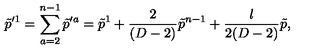
\tilde { p } ^ { \prime 1 } = \sum _ { a = 2 } ^ { n - 1 } \tilde { p } ^ { \prime a } = \tilde { p } ^ { 1 } + { \frac { 2 } { ( D - 2 ) } } \tilde { p } ^ { n - 1 } + { \frac { l } { 2 ( D - 2 ) } } \tilde { p } ,